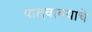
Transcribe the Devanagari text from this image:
पाठवावयाचे